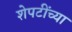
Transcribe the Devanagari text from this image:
शेपटींच्या